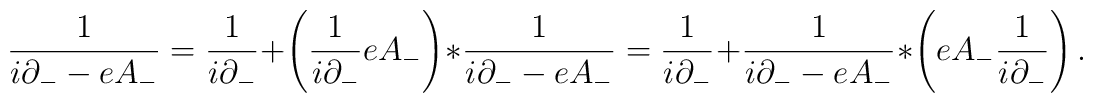
\frac{1}{i\partial_{-} - eA_{-}} =  \frac{1}{i\partial_{-}}  +\left(\frac{1}{i\partial_{-}} eA_{-}\right) \ast \frac{1}{i\partial_{-} - eA_{-}}  =  \frac{1}{i\partial_{-}}  +\frac{1}{i\partial_{-}- e A_{-}}\ast \left( eA_{-}\frac{1}{i\partial_{-}}\right).